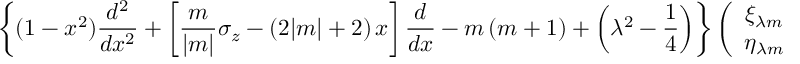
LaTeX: \left\{ ( 1 - x ^ { 2 } ) \frac { d ^ { 2 } } { d x ^ { 2 } } + \left[ \frac m { | m | } \sigma _ { z } - ( 2 | m | + 2 ) \, x \right] \frac d { d x } - m \, ( m + 1 ) + \left( \lambda ^ { 2 } - \frac 1 4 \right) \right\} \left( \begin{array} { c } { { \xi _ { \lambda m } } } \\ { { \eta _ { \lambda m } } } \end{array} \right) = 0 .